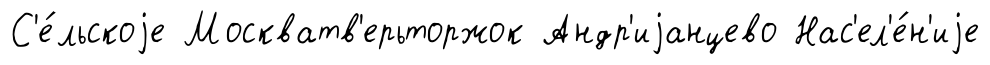
С'е́льскоjе Москватв'ерьторжок Андр'иjанцево Нас'ел'е́н'иjе